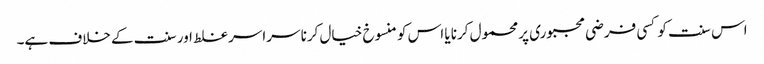
اس سنت کو کسی فرضی مجبوری پر محمول کرنا یا اس کو منسوخ خیال کرنا سراسر غلط اور سنت کے خلاف ہے۔